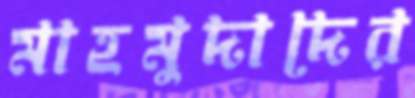
মাহমুদাদের